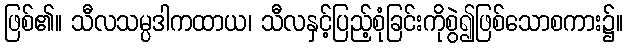
ဖြစ်၏။ သီလသမ္ပဒါကထာယ၊ သီလနှင့်ပြည့်စုံခြင်းကိုစွဲ၍ဖြစ်သောစကား၌။